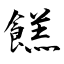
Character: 餻